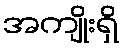
အကျိုးရှိ